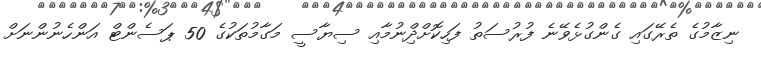
ނިޒާމުގެ ތެރޭގައި ގެންގުޅެވޭނެ ފުރުސަތު ފަހިކޮށްދްިނުމާއި ސިޔާސީ މަގާމުތަކުގެ 50 ޕަސެންޓް އަންހެނުންނަށް